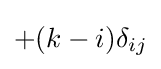
+(k-i)\delta _{ij}